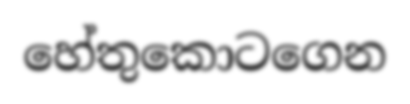
හේතුකොටගෙන